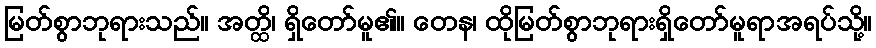
မြတ်စွာဘုရားသည်။ အတ္ထိ၊ ရှိတော်မူ၏။ တေန၊ ထိုမြတ်စွာဘုရားရှိတော်မူရာအရပ်သို့။